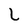
Character: L